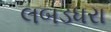
લબડધરા